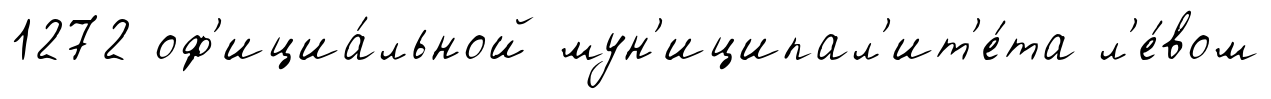
1272 оф'ициа́льной мун'иципал'ит'е́та л'е́вом